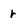
Character: r